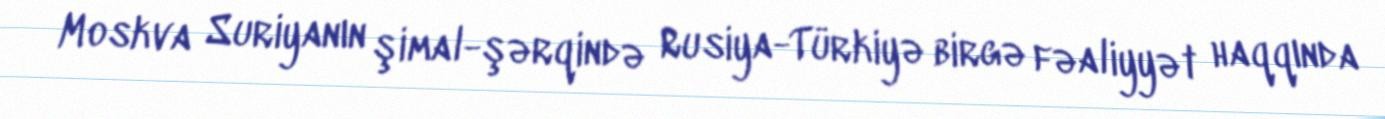
Moskva Suriyanın şimal-şərqində Rusiya-Türkiyə birgə fəaliyyət haqqında